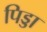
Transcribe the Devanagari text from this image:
पिड्डा